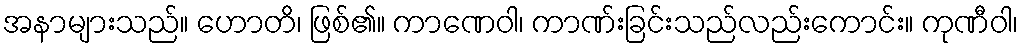
အနာများသည်။ ဟောတိ၊ ဖြစ်၏။ ကာဏေဝါ၊ ကာဏ်းခြင်းသည်လည်းကောင်း။ ကုဏီဝါ၊